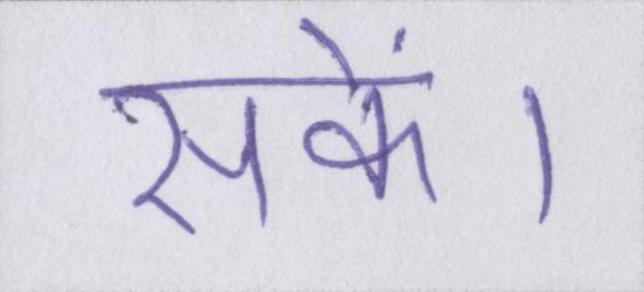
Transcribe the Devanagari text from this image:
सकें।